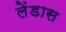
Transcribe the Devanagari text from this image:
लेंडास